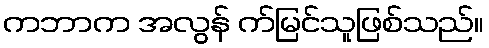
ကဘာက အလွန် က်မြင်သူဖြစ်သည်။